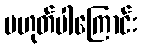
မဟုတ်ပါကြောင်း